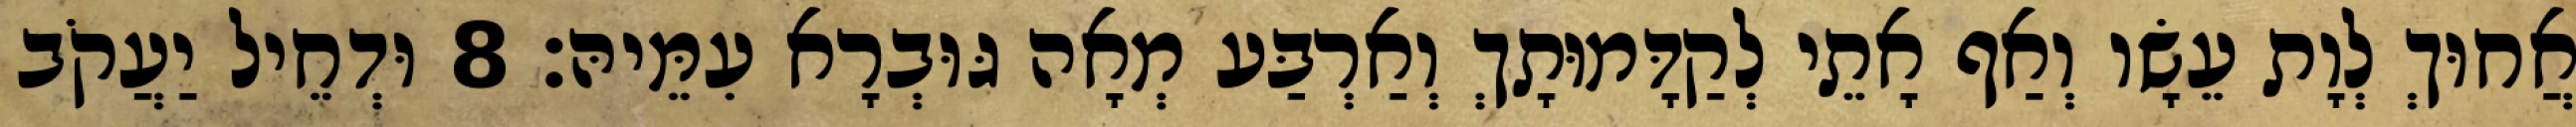
אֲחוּךְ לְוָת עֵשָׂו וְאַף אָתֵי לְקַדָּמוּתָךְ וְאַרְבַּע מְאָה גּוּבְרָא עִמֵּיהּ׃ 8 וּדְחֵיל יַעֲקֹב